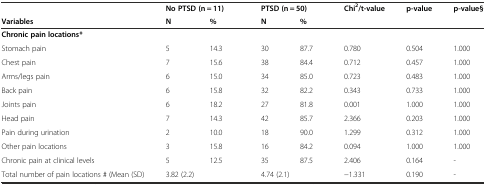
<table><thead><tr><td></td><td colspan="2"><b>No PTSD (n = 11)</b></td><td colspan="2"><b>PTSD (n = 50)</b></td><td><b>Chi<sup>2</sup>/t-value</b></td><td><b>p-value</b></td><td><b>p-value§</b></td></tr><tr><td><b>Variables</b></td><td><b>N</b></td><td><b>%</b></td><td><b>N</b></td><td><b>%</b></td><td></td><td></td><td></td></tr></thead><tbody><tr><td colspan="8"><b>Chronic pain locations*</b></td></tr><tr><td>Stomach pain</td><td>5</td><td>14.3</td><td>30</td><td>87.7</td><td>0.780</td><td>0.504</td><td>1.000</td></tr><tr><td>Chest pain</td><td>7</td><td>15.6</td><td>38</td><td>84.4</td><td>0.712</td><td>0.457</td><td>1.000</td></tr><tr><td>Arms/legs pain</td><td>6</td><td>15.0</td><td>34</td><td>85.0</td><td>0.723</td><td>0.483</td><td>1.000</td></tr><tr><td>Back pain</td><td>6</td><td>15.8</td><td>32</td><td>82.2</td><td>0.343</td><td>0.733</td><td>1.000</td></tr><tr><td>Joints pain</td><td>6</td><td>18.2</td><td>27</td><td>81.8</td><td>0.001</td><td>1.000</td><td>1.000</td></tr><tr><td>Head pain</td><td>7</td><td>14.3</td><td>42</td><td>85.7</td><td>2.366</td><td>0.203</td><td>1.000</td></tr><tr><td>Pain during urination</td><td>2</td><td>10.0</td><td>18</td><td>90.0</td><td>1.299</td><td>0.312</td><td>1.000</td></tr><tr><td>Other pain locations</td><td>3</td><td>15.8</td><td>16</td><td>84.2</td><td>0.094</td><td>1.000</td><td>1.000</td></tr><tr><td>Chronic pain at clinical levels</td><td>5</td><td>12.5</td><td>35</td><td>87.5</td><td>2.406</td><td>0.164</td><td>-</td></tr><tr><td>Total number of pain locations # (Mean (SD)</td><td colspan="2">3.82 (2.2)</td><td colspan="2">4.74 (2.1)</td><td>−1.331</td><td>0.190</td><td>-</td></tr></tbody></table>